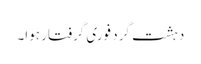
دہشت گرد فوری گرفتار ہوا۔